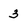
Character: 3